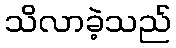
သိလာခဲ့သည်